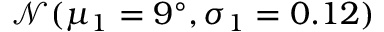
\mathcal { N } ( \mu _ { 1 } = 9 ^ { \circ } , \sigma _ { 1 } = 0 . 1 2 )